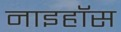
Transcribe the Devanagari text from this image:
नाइहॉस